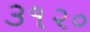
૩૧૨૦